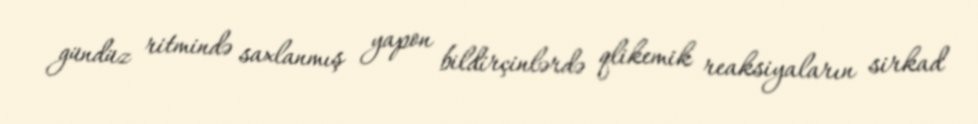
gündüz ritmində saxlanmış yapon bildirçinlərdə qlikemik reaksiyaların sirkad